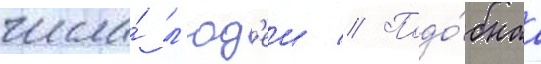
числа́ л'юд'еи // Подо́бнаа